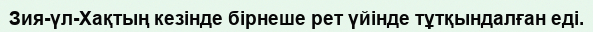
Зия-үл-Хақтың кезінде бірнеше рет үйінде тұтқындалған еді.